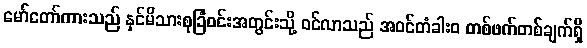
မော်တော်ကားသည် နှင်မိသားစုခြံဝင်းအတွင်းသို့ ဝင်လာသည် အဝင်တံခါးဝ တစ်ဖက်တစ်ချက်ရှိ